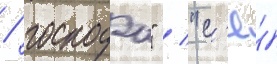
/ господа" / "с'ё́